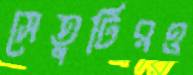
সেতুটিরও